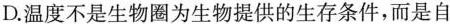
D. 温度不是生物圈为生物提供的生存条件，而是自